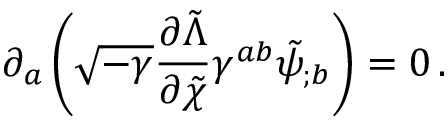
\partial _ { a } \left( \sqrt { - \gamma } \frac { \partial { \tilde { \Lambda } } } { \partial { \tilde { \chi } } } \gamma ^ { a b } { \tilde { \psi } } _ { ; b } \right) = 0 \, .